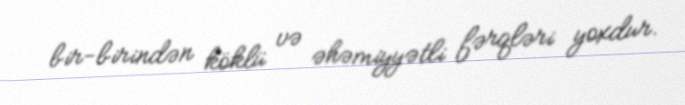
bir-birindən köklü və əhəmiyyətli fərqləri yoxdur.